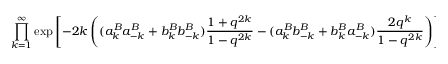
\prod _ { k = 1 } ^ { \infty } \exp \left[ - 2 k \left( ( a _ { k } ^ { B } a _ { - k } ^ { B } + b _ { k } ^ { B } b _ { - k } ^ { B } ) \frac { 1 + q ^ { 2 k } } { 1 - q ^ { 2 k } } - ( a _ { k } ^ { B } b _ { - k } ^ { B } + b _ { k } ^ { B } a _ { - k } ^ { B } ) \frac { 2 q ^ { k } } { 1 - q ^ { 2 k } } \right) \right] .